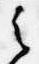
之